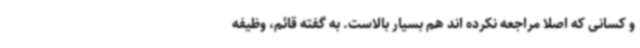
و کسانی که اصلا مراجعه نکرده اند هم بسیار بالاست. به گفته قائم، وظیفه